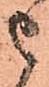
被